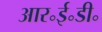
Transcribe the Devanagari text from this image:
आर॰ई॰डी॰